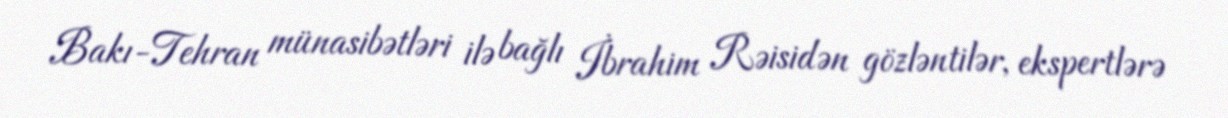
Bakı-Tehran münasibətləri ilə bağlı İbrahim Rəisidən gözləntilər, ekspertlərə